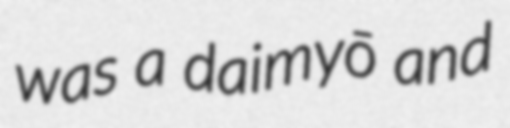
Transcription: was a daimyō and